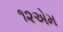
૧૨એમ